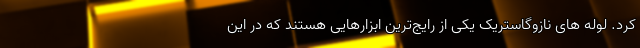
کرد. لوله های نازوگاستریک یکی از رایج‌ترین ابزارهایی هستند که در این